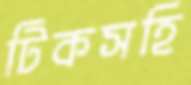
টিকসহি